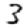
Digit: 3